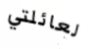
لعائلتي